Report of an investigation into the causes of the diseases known in Assam as Kála-Azár and Beri-Beri
Disease focus: Beri-Beri
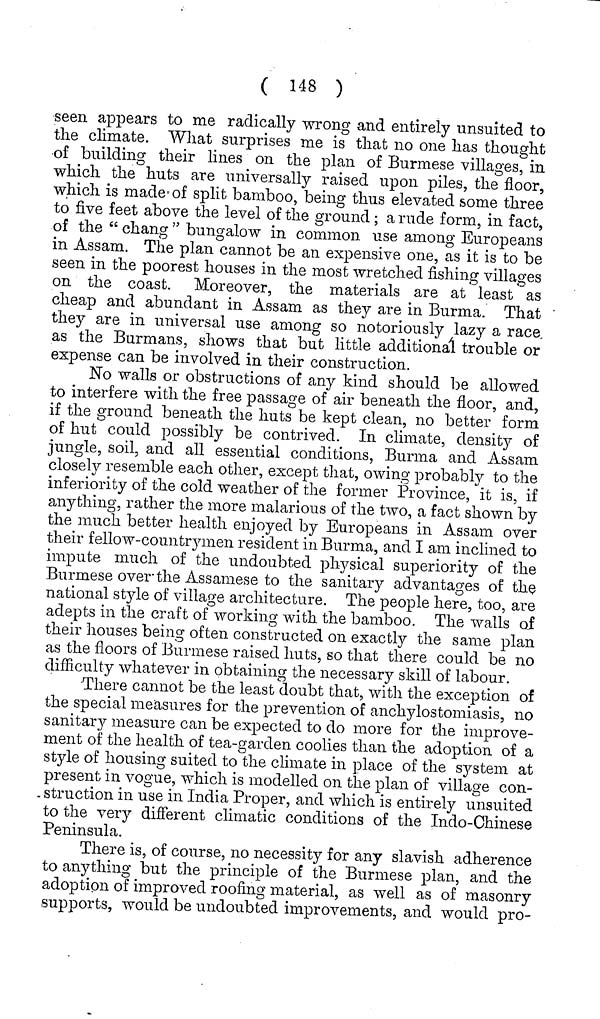
( 148 )
seen appears to me radically wrong and entirely unsuited to
the climate. What surprises me is that no one has thought
of building their lines on the plan of Burmese villages, in
which the huts are universally raised upon piles, the floor,
which is made of split bamboo, being thus elevated some three
to five feet above the level of the ground; a rude form, in fact,
of the " chang " bungalow in common use among Europeans
in Assam. The plan cannot be an expensive one, as it is to be
seen in the poorest houses in the most wretched fishing villages
on the coast. Moreover, the materials are at least as
cheap and abundant in Assam as they are in Burma. That
they are in universal use among so notoriously lazy a race
as the Burmans, shows that but little additional trouble or
expense can be involved in their construction.
No walls or obstructions of any kind should be allowed
to interfere with the free passage of air beneath the floor, and,
if the ground beneath the huts be kept clean, no better form
of hut could possibly be contrived. In climate, density of
jungle, soil, and all essential conditions, Burma and Assam
closely resemble each other, except that, owing probably to the
inferiority of the cold weather of the former Province, it is, if
anything, rather the more malarious of the two, a fact shown by
the much better health enjoyed by Europeans in Assam over
their fellow-countrymen resident in Burma, and I am inclined to
impute much of the undoubted physical superiority of the
Burmese over the Assamese to the sanitary advantages of the
national style of village architecture. The people here, too, are
adepts in the craft of working with the bamboo. The walls of
their houses being often constructed on exactly the same plan
as the floors of Burmese raised huts, so that there could be no
difficulty whatever in obtaining the necessary skill of labour.
There cannot be the least doubt that, with the exception of
the special measures for the prevention of anchylostomiasis, no
sanitary measure can be expected to do more for the improve-
ment of the health of tea-garden coolies than the adoption of a
style of housing suited to the climate in place of the system at
present in vogue, which is modelled on the plan of village con-
struction in use in India Proper, and which is entirely unsuited
to the very different climatic conditions of the Indo-Chinese
Peninsula.
There is, of course, no necessity for any slavish adherence
to anything but the principle of the Burmese plan, and the
adoption of improved roofing material, as well as of masonry
supports, would be undoubted improvements, and would pro-